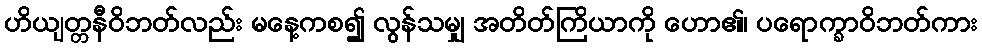
ဟိယျတ္တနီဝိဘတ်လည်း မနေ့ကစ၍ လွန်သမျှ အတိတ်ကြိယာကို ဟော၏၊ ပရောက္ခာဝိဘတ်ကား